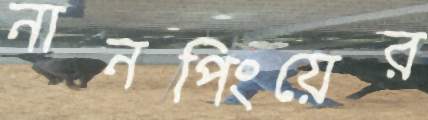
নানপিংয়ের